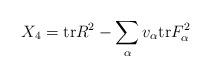
LaTeX: \begin{align*}X_4 = {\rm tr} R^2 - \sum_{\alpha} v_{\alpha} {\rm tr} F_{\alpha}^2\end{align*}